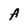
Character: A